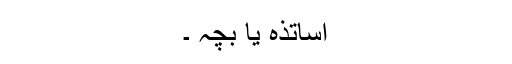
اساتذہ یا بچہ ۔